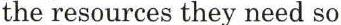
the resources they need so